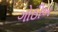
ગોઠીબ